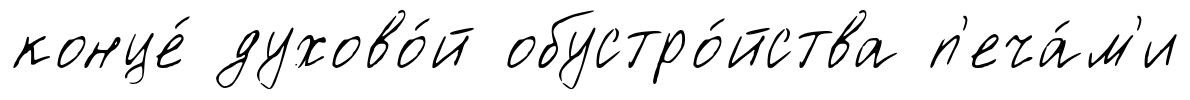
конце́ духово́й обустро́йства п'еча́м'и